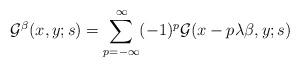
LaTeX: \begin{align*}{\cal G}^{\beta}(x,y;s)=\sum_{p=-\infty}^{\infty} (-1)^{p}{\cal G}(x-p\lambda \beta,y;s)\end{align*}